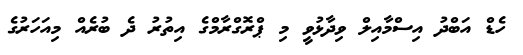
ހެޑް އަބްދު އިސްމާއިލް ވިދާޅުވީ މި ޕްރޮގްރާމްގެ އިތުރު ދެ ބުރެއް މިއަހަރުގެ